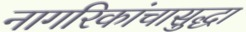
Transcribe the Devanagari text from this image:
नागरिकांचासुद्धा